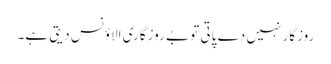
روزگار نہیں دے پاتی تو بے روزگاری الاؤنس دیتی ہے۔